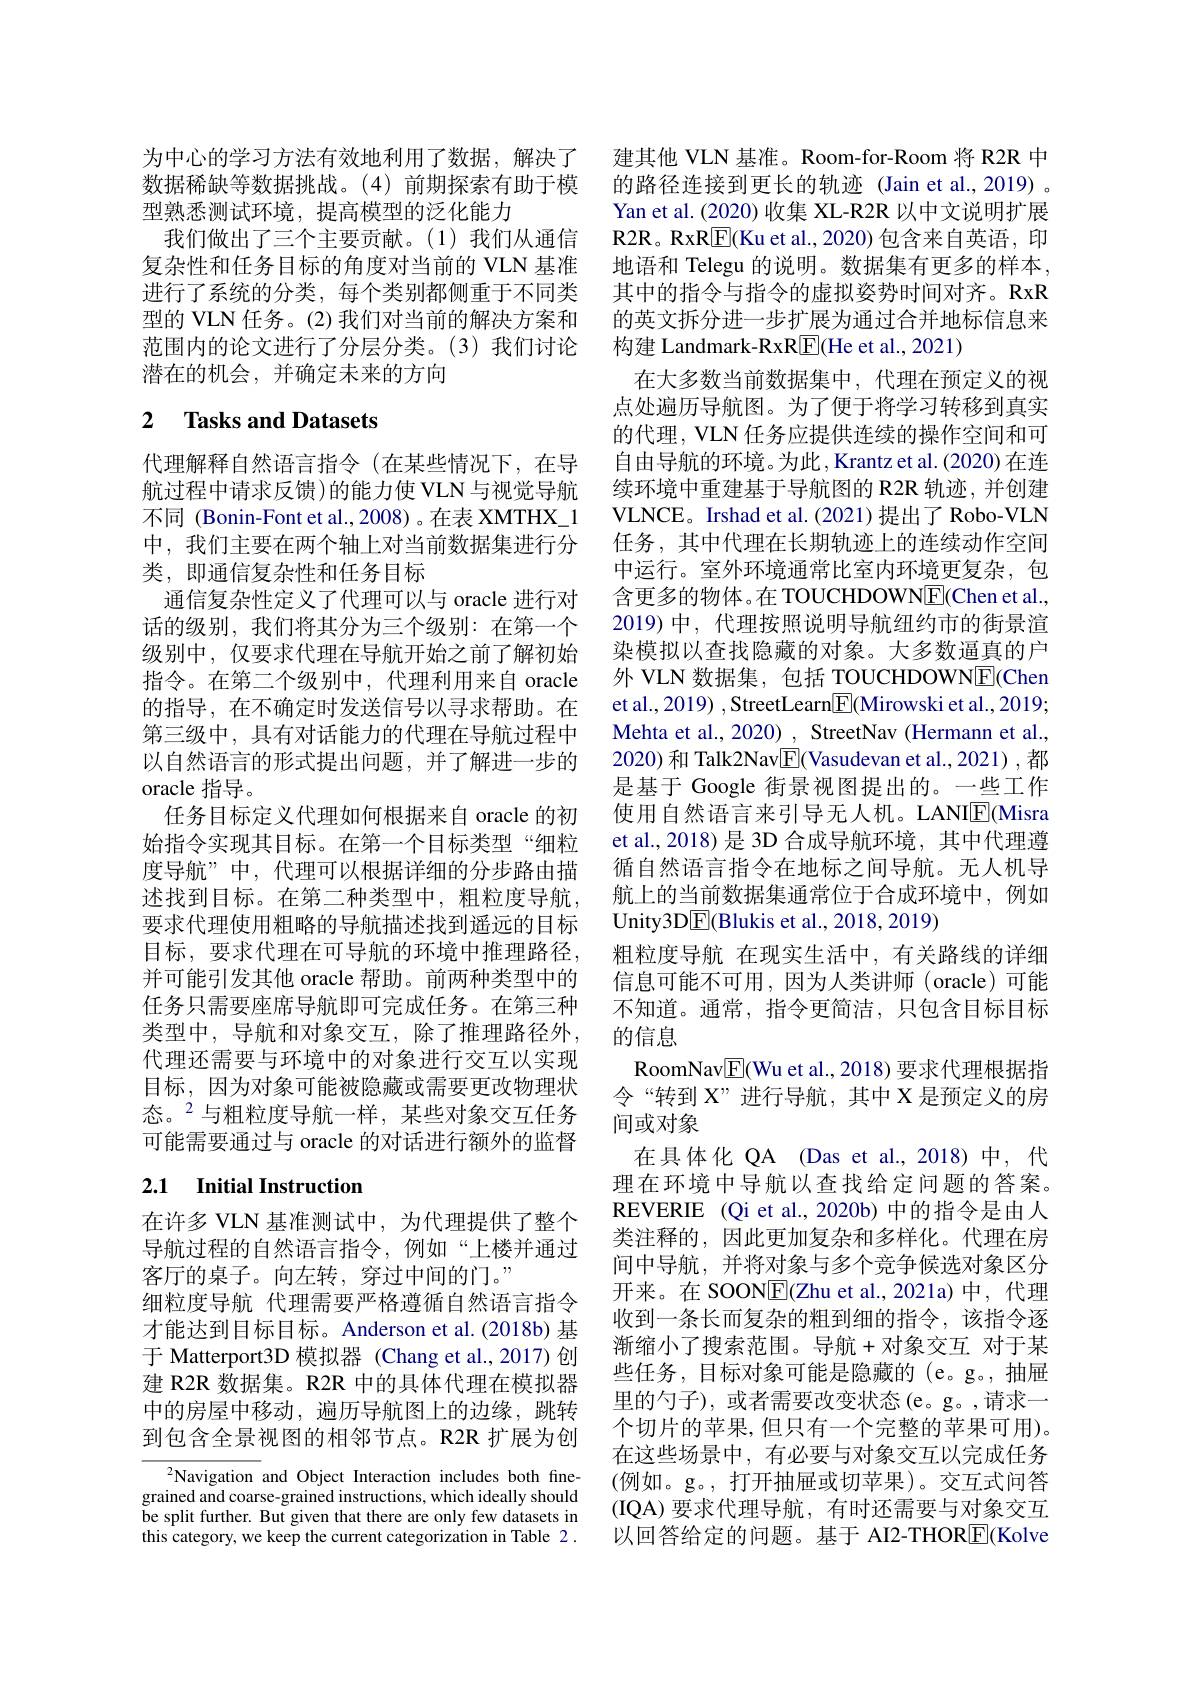
为中心的学习方法有效地利用了数据，解决了数据稀缺等数据挑战。(4)前期探索有助于模型熟悉测试环境，提高模型的泛化能力
我们做出了三个主要贡献。(1)我们从通信复杂性和任务目标的角度对当前的 VLN 基准进行了系统的分类，每个类别都侧重于不同类型的 VLN 任务。(2) 我们对当前的解决方案和范围内的论文进行了分层分类。(3)我们讨论潜在的机会，并确定未来的方向

# 2 Tasks and Datasets

代理解释自然语言指令(在某些情况下，在导航过程中请求反馈)的能力使 VLN 与视觉导航不同 (Bonin-Font et al.,2008)。在表 XMTHX\_1中，我们主要在两个轴上对当前数据集进行分类，即通信复杂性和任务目标
通信复杂性定义了代理可以与 oracle 进行对话的级别，我们将其分为三个级别：在第一个级别中，仅要求代理在导航开始之前了解初始指令。在第二个级别中，代理利用来自 oracle 的指导，在不确定时发送信号以寻求帮助。在第三级中，具有对话能力的代理在导航过程中以自然语言的形式提出问题，并了解进一步的oracle 指导。
任务目标定义代理如何根据来自 oracle 的初始指令实现其目标。在第一个目标类型“细粒度导航”中，代理可以根据详细的分步路由描述找到目标。在第二种类型中，粗粒度导航， 要求代理使用粗略的导航描述找到遥远的目标目标，要求代理在可导航的环境中推理路径， 并可能引发其他 oracle 帮助。前两种类型中的任务只需要座席导航即可完成任务。在第三种类型中，导航和对象交互，除了推理路径外， 代理还需要与环境中的对象进行交互以实现目标，因为对象可能被隐藏或需要更改物理状态。$^{2}$与粗粒度导航一样，某些对象交互任务可能需要通过与 oracle 的对话进行额外的监督

## 2.1 Initial Instruction

在许多 VLN 基准测试中，为代理提供了整个导航过程的自然语言指令，例如“上楼并通过客厅的桌子。向左转，穿过中间的门。”
细粒度导航 代理需要严格遵循自然语言指令才能达到目标目标。Anderson et al.(2018b) 基于 Matterport3D 模拟器 (Chang et al.,2017) 创建 R2R 数据集。R2R 中的具体代理在模拟器中的房屋中移动，遍历导航图上的边缘，跳转到包含全景视图的相邻节点。R2R 扩展为创

$^{2}$Navigation and Object Interaction includes both finegrained and coarse-grained instructions, which ideally should be split further. But given that there are only few datasets in this category, we keep the current categorization in Table 2 .

建其他 VLN 基准。Room-for-Room 将 R2R 中的路径连接到更长的轨迹 (Jain et al.,2019) 。Yan et al. (2020) 收集 XL-R2R 以中文说明扩展R2R。RxR$\boxed{\mathrm{F}}($Ku et al.,2020) 包含来自英语，印地语和 Telegu 的说明。数据集有更多的样本， 其中的指令与指令的虚拟姿势时间对齐。RxR 的英文拆分进一步扩展为通过合并地标信息来构建 Landmark-RxR$\boxed{\mathrm{F}}($He et al., 2021)
在大多数当前数据集中，代理在预定义的视点处遍历导航图。为了便于将学习转移到真实的代理，VLN 任务应提供连续的操作空间和可自由导航的环境。为此，Krantz et al.(2020)在连续环境中重建基于导航图的 R2R 轨迹，并创建VLNCE。Irshad et al.(2021)提出了Robo-VLN 任务，其中代理在长期轨迹上的连续动作空间中运行。室外环境通常比室内环境更复杂，包含更多的物体。在 TOUCHDOWN$\underline{\mathrm{E}}($Chen et al., 2019)中，代理按照说明导航纽约市的街景渲染模拟以查找隐藏的对象。大多数逼真的户外 VLN 数据集，包括 TOUCHDOWNE(Chen et al., 2019) , StreetLearn$\boxed{\mathrm{F}}($Mirowski et al., 2019; Mehta et al., 2020) , StreetNav (Hermann et al., 2020) 和 Talk2Nav$\boxed{\mathrm{F}}$(Vasudevan et al., 2021) ,都是基于 Google 街景视图提出的。一些工作使用自然语言来引导无人机。LANIE(Misra et al.,2018)是 3D 合成导航环境，其中代理遵循自然语言指令在地标之间导航。无人机导航上的当前数据集通常位于合成环境中，例如Unity3DE(Blukis et al., 2018, 2019)
粗粒度导航 在现实生活中，有关路线的详细信息可能不可用，因为人类讲师(oracle)可能不知道。通常，指令更简洁，只包含目标目标的信息
RoomNav$\boxed{\mathrm{F}}($Wu et al., 2018) 要求代理根据指令“转到 X”进行导航，其中 X 是预定义的房间或对象
在具体化 QA (Das et al.,2018)中，代理在环境中导航以查找给定问题的答案。REVERIE (Qi et al.,2020b) 中的指令是由人类注释的，因此更加复杂和多样化。代理在房间中导航，并将对象与多个竞争候选对象区分开来。在 SOONE(Zhu et al., 2021a) 中，代理收到一条长而复杂的粗到细的指令，该指令逐渐缩小了搜索范围。导航+对象交互 对于某些任务，目标对象可能是隐藏的 (e。g。,抽屉里的勺子), 或者需要改变状态(e。g。,请求一个切片的苹果，但只有一个完整的苹果可用)。在这些场景中，有必要与对象交互以完成任务(例如。g。,打开抽屉或切苹果)。交互式问答(IQA) 要求代理导航，有时还需要与对象交互以回答给定的问题。基于 AI2-THOR$\boxed{\mathrm{F}}$(Kolve